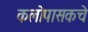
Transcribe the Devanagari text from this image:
कलोपासकचे